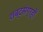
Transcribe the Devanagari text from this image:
शब्दसंग्रहों